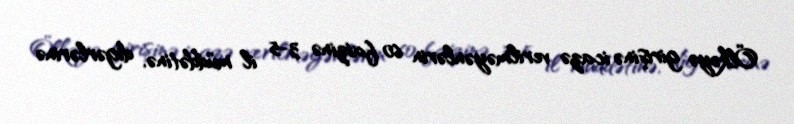
Ölkəyə girişinə icazə verilməyənlərin 60 faizinə 3-5 il müddətinə, digərlərinə